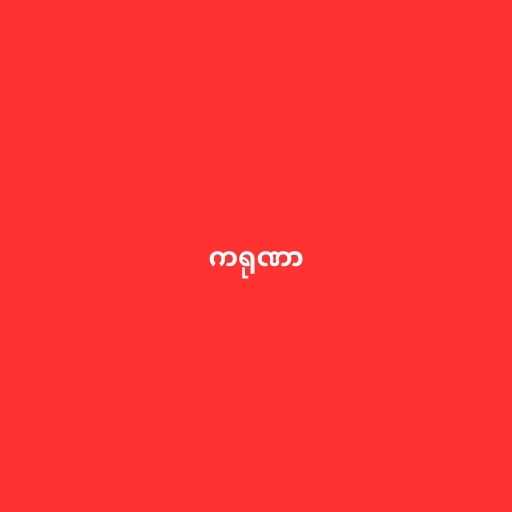
ကရုဏာ